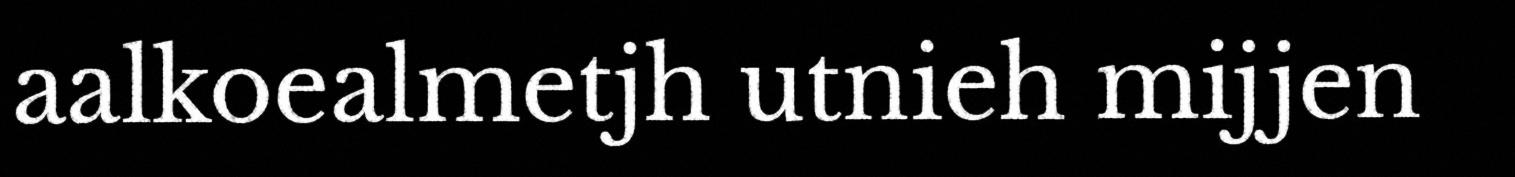
aalkoealmetjh utnieh mijjen